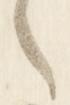
之